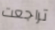
تراجعت